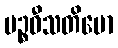
ပဉ္စဝီသတိမော